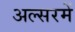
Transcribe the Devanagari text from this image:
अल्सरमें